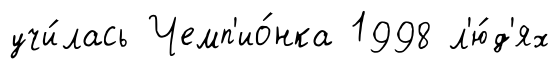
учи́лась Чемп'ио́нка 1998 л'ю́д'ях